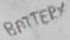
Text: BATTERY